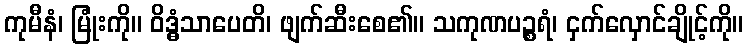
ကုမီနံ၊ မြုံးကို။ ဝိဒ္ဓံသာပေတိ၊ ဖျက်ဆီးစေ၏။ သကုဏပဉ္စရံ၊ ငှက်လှောင်ချိုင့်ကို။